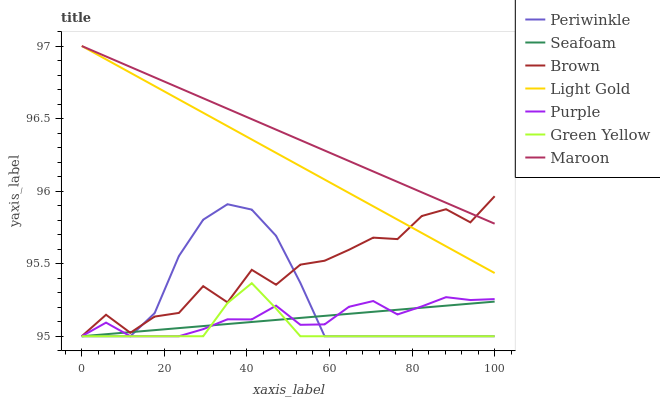
| xaxis_label | Periwinkle | Seafoam | Brown | Light Gold | Purple | Green Yellow | Maroon |
 | --- | --- | --- | --- | --- | --- | --- | --- |
 | 0 | 95 | 95 | 95 | 97 | 95 | 95 | 97 |
 | 5.88 | 95 | 95 | 95.1 | 96.9 | 95.1 | 95 | 96.9 |
 | 11.8 | 95 | 95 | 95 | 96.8 | 95 | 95 | 96.9 |
 | 17.6 | 95.2 | 95 | 95.1 | 96.7 | 95 | 95 | 96.8 |
 | 23.5 | 95.6 | 95.1 | 95.2 | 96.6 | 95 | 95 | 96.7 |
 | 29.4 | 95.8 | 95.1 | 95.3 | 96.5 | 95 | 95 | 96.6 |
 | 35.3 | 95.9 | 95.1 | 95.2 | 96.4 | 95.1 | 95.2 | 96.6 |
 | 41.2 | 95.9 | 95.1 | 95.5 | 96.4 | 95.1 | 95.4 | 96.5 |
 | 47.1 | 95.7 | 95.1 | 95.4 | 96.3 | 95.2 | 95.2 | 96.4 |
 | 52.9 | 95.4 | 95.1 | 95.5 | 96.2 | 95.1 | 95 | 96.4 |
 | 58.8 | 95 | 95.1 | 95.5 | 96.1 | 95.1 | 95 | 96.3 |
 | 64.7 | 95 | 95.2 | 95.6 | 96 | 95.2 | 95 | 96.2 |
 | 70.6 | 95 | 95.2 | 95.7 | 95.9 | 95.2 | 95 | 96.1 |
 | 76.5 | 95 | 95.2 | 95.7 | 95.8 | 95.2 | 95 | 96.1 |
 | 82.4 | 95 | 95.2 | 95.8 | 95.7 | 95.2 | 95 | 96 |
 | 88.2 | 95 | 95.2 | 95.9 | 95.6 | 95.3 | 95 | 95.9 |
 | 94.1 | 95 | 95.2 | 95.8 | 95.5 | 95.2 | 95 | 95.8 |
 | 100 | 95 | 95.2 | 96 | 95.4 | 95.3 | 95 | 95.8 |